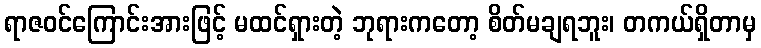
ရာဇဝင်ကြောင်းအားဖြင့် မထင်ရှားတဲ့ ဘုရားကတော့ စိတ်မချရဘူး၊ တကယ်ရှိတာမှ